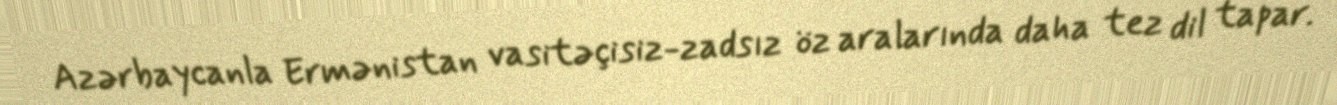
Azərbaycanla Ermənistan vasitəçisiz-zadsız öz aralarında daha tez dil tapar.